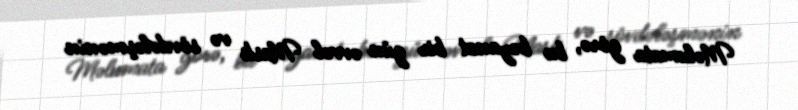
Məlumata görə, bu bəyanat bir gün əvvəl Mask və sövdələşmənin